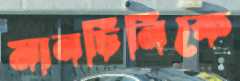
মানচিনিকে